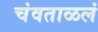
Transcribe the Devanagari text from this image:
चंवताळलं